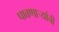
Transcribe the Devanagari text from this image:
पावणार्‍यांची